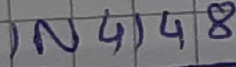
Text: IN4148